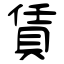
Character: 賃